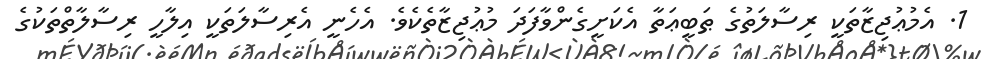
1. އެމުޢުޖިޒާތަކީ ރިސާލަތުގެ ޠަބީޢަތާ އެކަށީގެންވާފަދަ މުޢުޖިޒާތެކެވެ. އެހެނީ އެރިސާލަތަކީ އިލާހީ ރިސާލާތްތަކުގެ